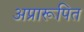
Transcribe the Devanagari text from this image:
अप्रारूपित